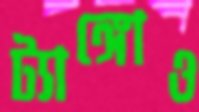
ট্যাঙ্গোও